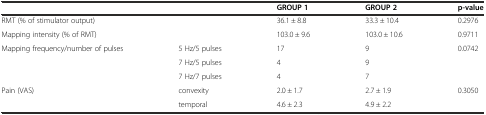
| <COLSPAN=2>  | GROUP 1 | GROUP 2 | p-value |
 | --- | --- | --- | --- | --- |
 | <COLSPAN=2> RMT (% of stimulator output) | 36.1 ± 8.8 | 33.3 ± 10.4 | 0.2976 |
 | <COLSPAN=2> Mapping intensity (% of RMT) | 103.0 ± 9.6 | 103.0 ± 10.6 | 0.9711 |
 | <ROWSPAN=3> Mapping frequency/number of pulses | 5 Hz/5 pulses | 17 | 9 | <ROWSPAN=3> 0.0742 |
 | 7 Hz/5 pulses | 4 | 9 |
 | 7 Hz/7 pulses | 4 | 7 |
 | <ROWSPAN=2> Pain (VAS) | convexity | 2.0 ± 1.7 | 2.7 ± 1.9 | <ROWSPAN=2> 0.3050 |
 | temporal | 4.6 ± 2.3 | 4.9 ± 2.2 |